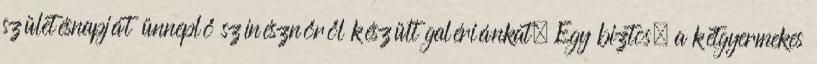
születésnapját ünneplő színésznőről készült galériánkat. Egy biztos, a kétgyermekes